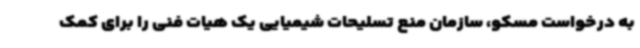
به درخواست مسکو، سازمان منع تسلیحات شیمیایی یک هیات فنی را برای کمک